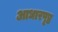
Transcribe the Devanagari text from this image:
आधारपृष्ठ